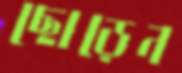
ছোড়েন